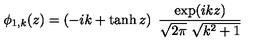
\phi _ { 1 , k } ( z ) = \left( - i k + \tanh z \right) \ { \frac { \exp ( i k z ) } { \sqrt { 2 \pi } \ \sqrt { k ^ { 2 } + 1 } } }